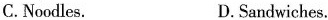
C. Noodles. D. Sandwiches.